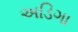
અડિગા